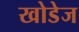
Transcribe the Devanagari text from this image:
खोडेज